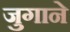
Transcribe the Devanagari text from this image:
जुगाने